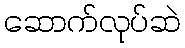
ဆောက်လုပ်ဆဲ